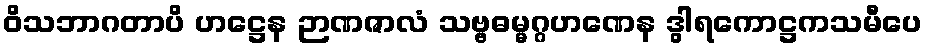
ဝိသဘာဂတာပိ ဟဋ္ဌေန ဉာဏဇာလံ သဗ္ဗဓမ္မဂ္ဂဟဏေန ဒွါရကောဋ္ဌကသမီပေ